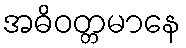
အဓိဝတ္တမာနေ